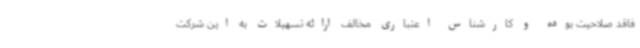
فاقد صلاحیت بوده و کارشناس اعتباری مخالف ارائه تسهیلات به این شرکت